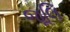
જૂલિ